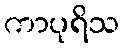
ကာပုရိသ